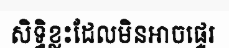
សិទ្ធិខ្លះដែលមិនអាចផ្ទេរ